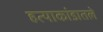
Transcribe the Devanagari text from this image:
हत्याकांडातले